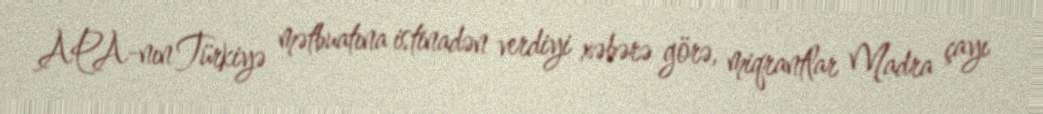
APA-nın Türkiyə mətbuatına istinadən verdiyi xəbərə görə, miqrantlar Madra çayı